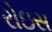
રોઇસ